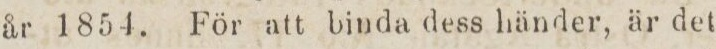
år 1854. För att binda dess händer, är det